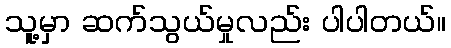
သူ့မှာ ဆက်သွယ်မှုလည်း ပါပါတယ်။